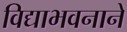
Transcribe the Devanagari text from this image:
विद्याभवनाने